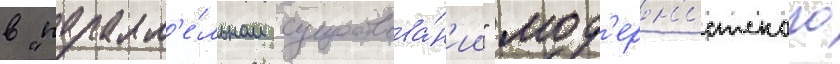
в "паралл'е́льном существова́н'ии" мод'ерн'истского